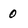
Character: O